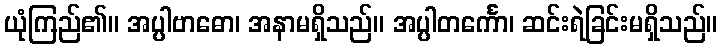
ယုံကြည်၏။ အပ္ပါဗာဓော၊ အနာမရှိသည်။ အပ္ပါတင်္ကော၊ ဆင်းရဲခြင်းမရှိသည်။